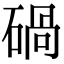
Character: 碢